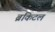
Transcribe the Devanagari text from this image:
ब्रंकिटल